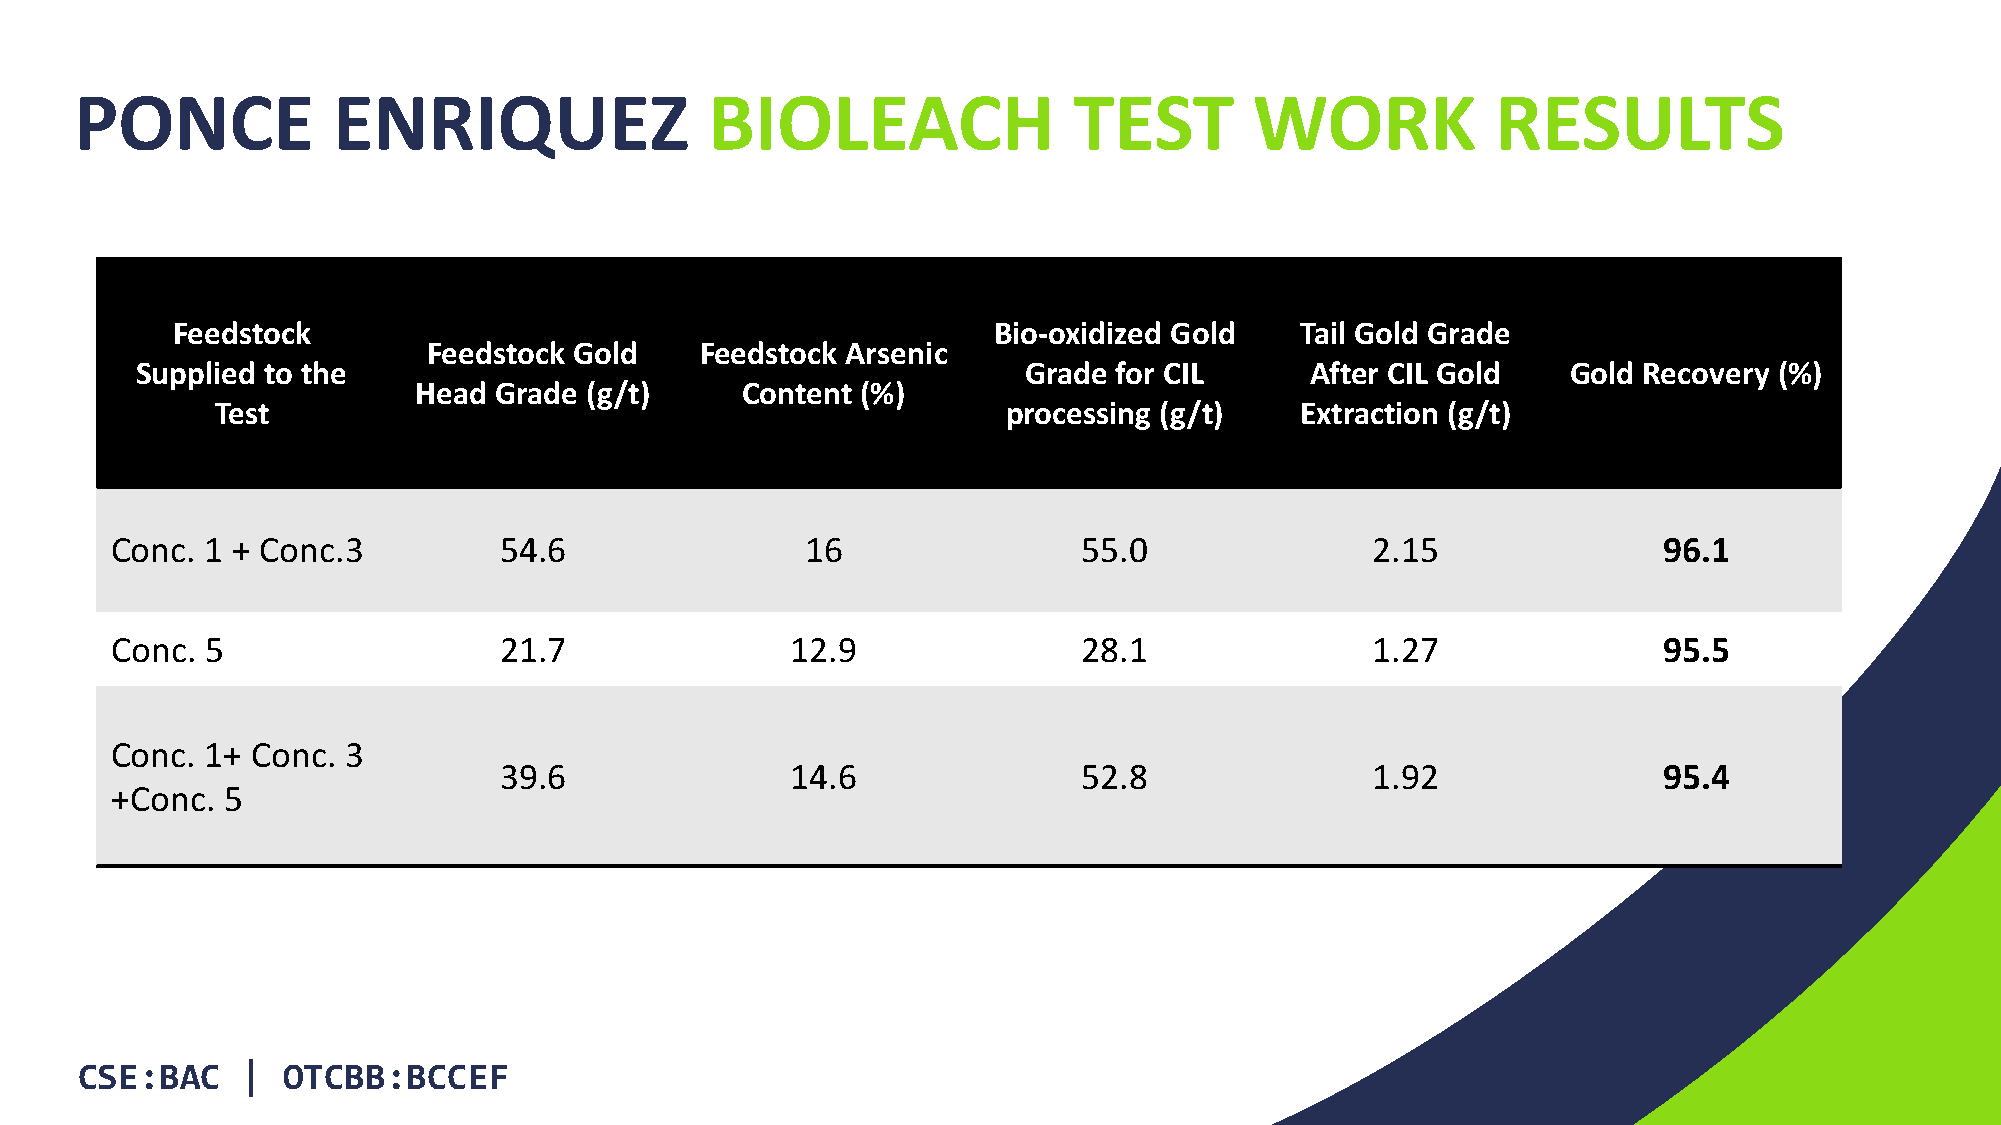
PONCE            ENRIQUEZ                 BIOLEACH                TEST        WORK            RESULTS
 Feedstock                                              Bio-oxidized Gold   Tail Gold Grade
 Feedstock Gold    Feedstock Arsenic
 Supplied to the                                            Grade for CIL      After CIL Gold   Gold Recovery (%)
 Head  Grade (g/t)     Content (%)
 Test                                                 processing (g/t)   Extraction (g/t)
 Conc.  1 + Conc.3         54.6                16                 55.0               2.15               96.1
 Conc.  5                  21.7               12.9                28.1               1.27               95.5
 Conc.  1+ Conc. 3
 39.6               14.6                52.8               1.92               95.4
 +Conc.  5
 CSE:BAC    |  OTCBB:BCCEF